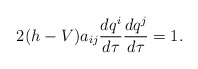
\begin{align*} 2(h-V)a_{ij}\frac{d q^i}{d\tau} \frac{d q^j}{d\tau}=1.\end{align*}